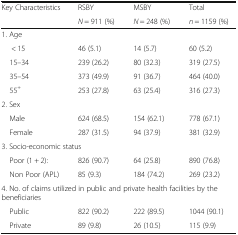
| <ROWSPAN=2> Key Characteristics | RSBY | MSBY | Total |
 | N = 911 (%) | N = 248 (%) | n = 1159 (%) |
 | --- | --- | --- | --- |
 | <COLSPAN=4> 1. Age |
 | < 15 | 46 (5.1) | 14 (5.7) | 60 (5.2) |
 | 15–34 | 239 (26.2) | 80 (32.3) | 319 (27.5) |
 | 35–54 | 373 (49.9) | 91 (36.7) | 464 (40.0) |
 | 55+ | 253 (27.8) | 63 (25.4) | 316 (27.3) |
 | <COLSPAN=4> 2. Sex |
 | Male | 624 (68.5) | 154 (62.1) | 778 (67.1) |
 | Female | 287 (31.5) | 94 (37.9) | 381 (32.9) |
 | <COLSPAN=4> 3. Socio-economic status |
 | Poor (1 + 2): | 826 (90.7) | 64 (25.8) | 890 (76.8) |
 | Non Poor (APL) | 85 (9.3) | 184 (74.2) | 269 (23.2) |
 | <COLSPAN=4> 4. No. of claims utilized in public and private health facilities by the beneficiaries |
 | Public | 822 (90.2) | 222 (89.5) | 1044 (90.1) |
 | Private | 89 (9.8) | 26 (10.5) | 115 (9.9) |